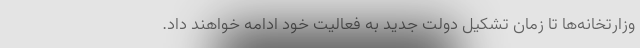
وزارتخانه‌ها تا زمان تشکیل دولت جدید به فعالیت خود ادامه خواهند داد.